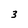
Character: 3